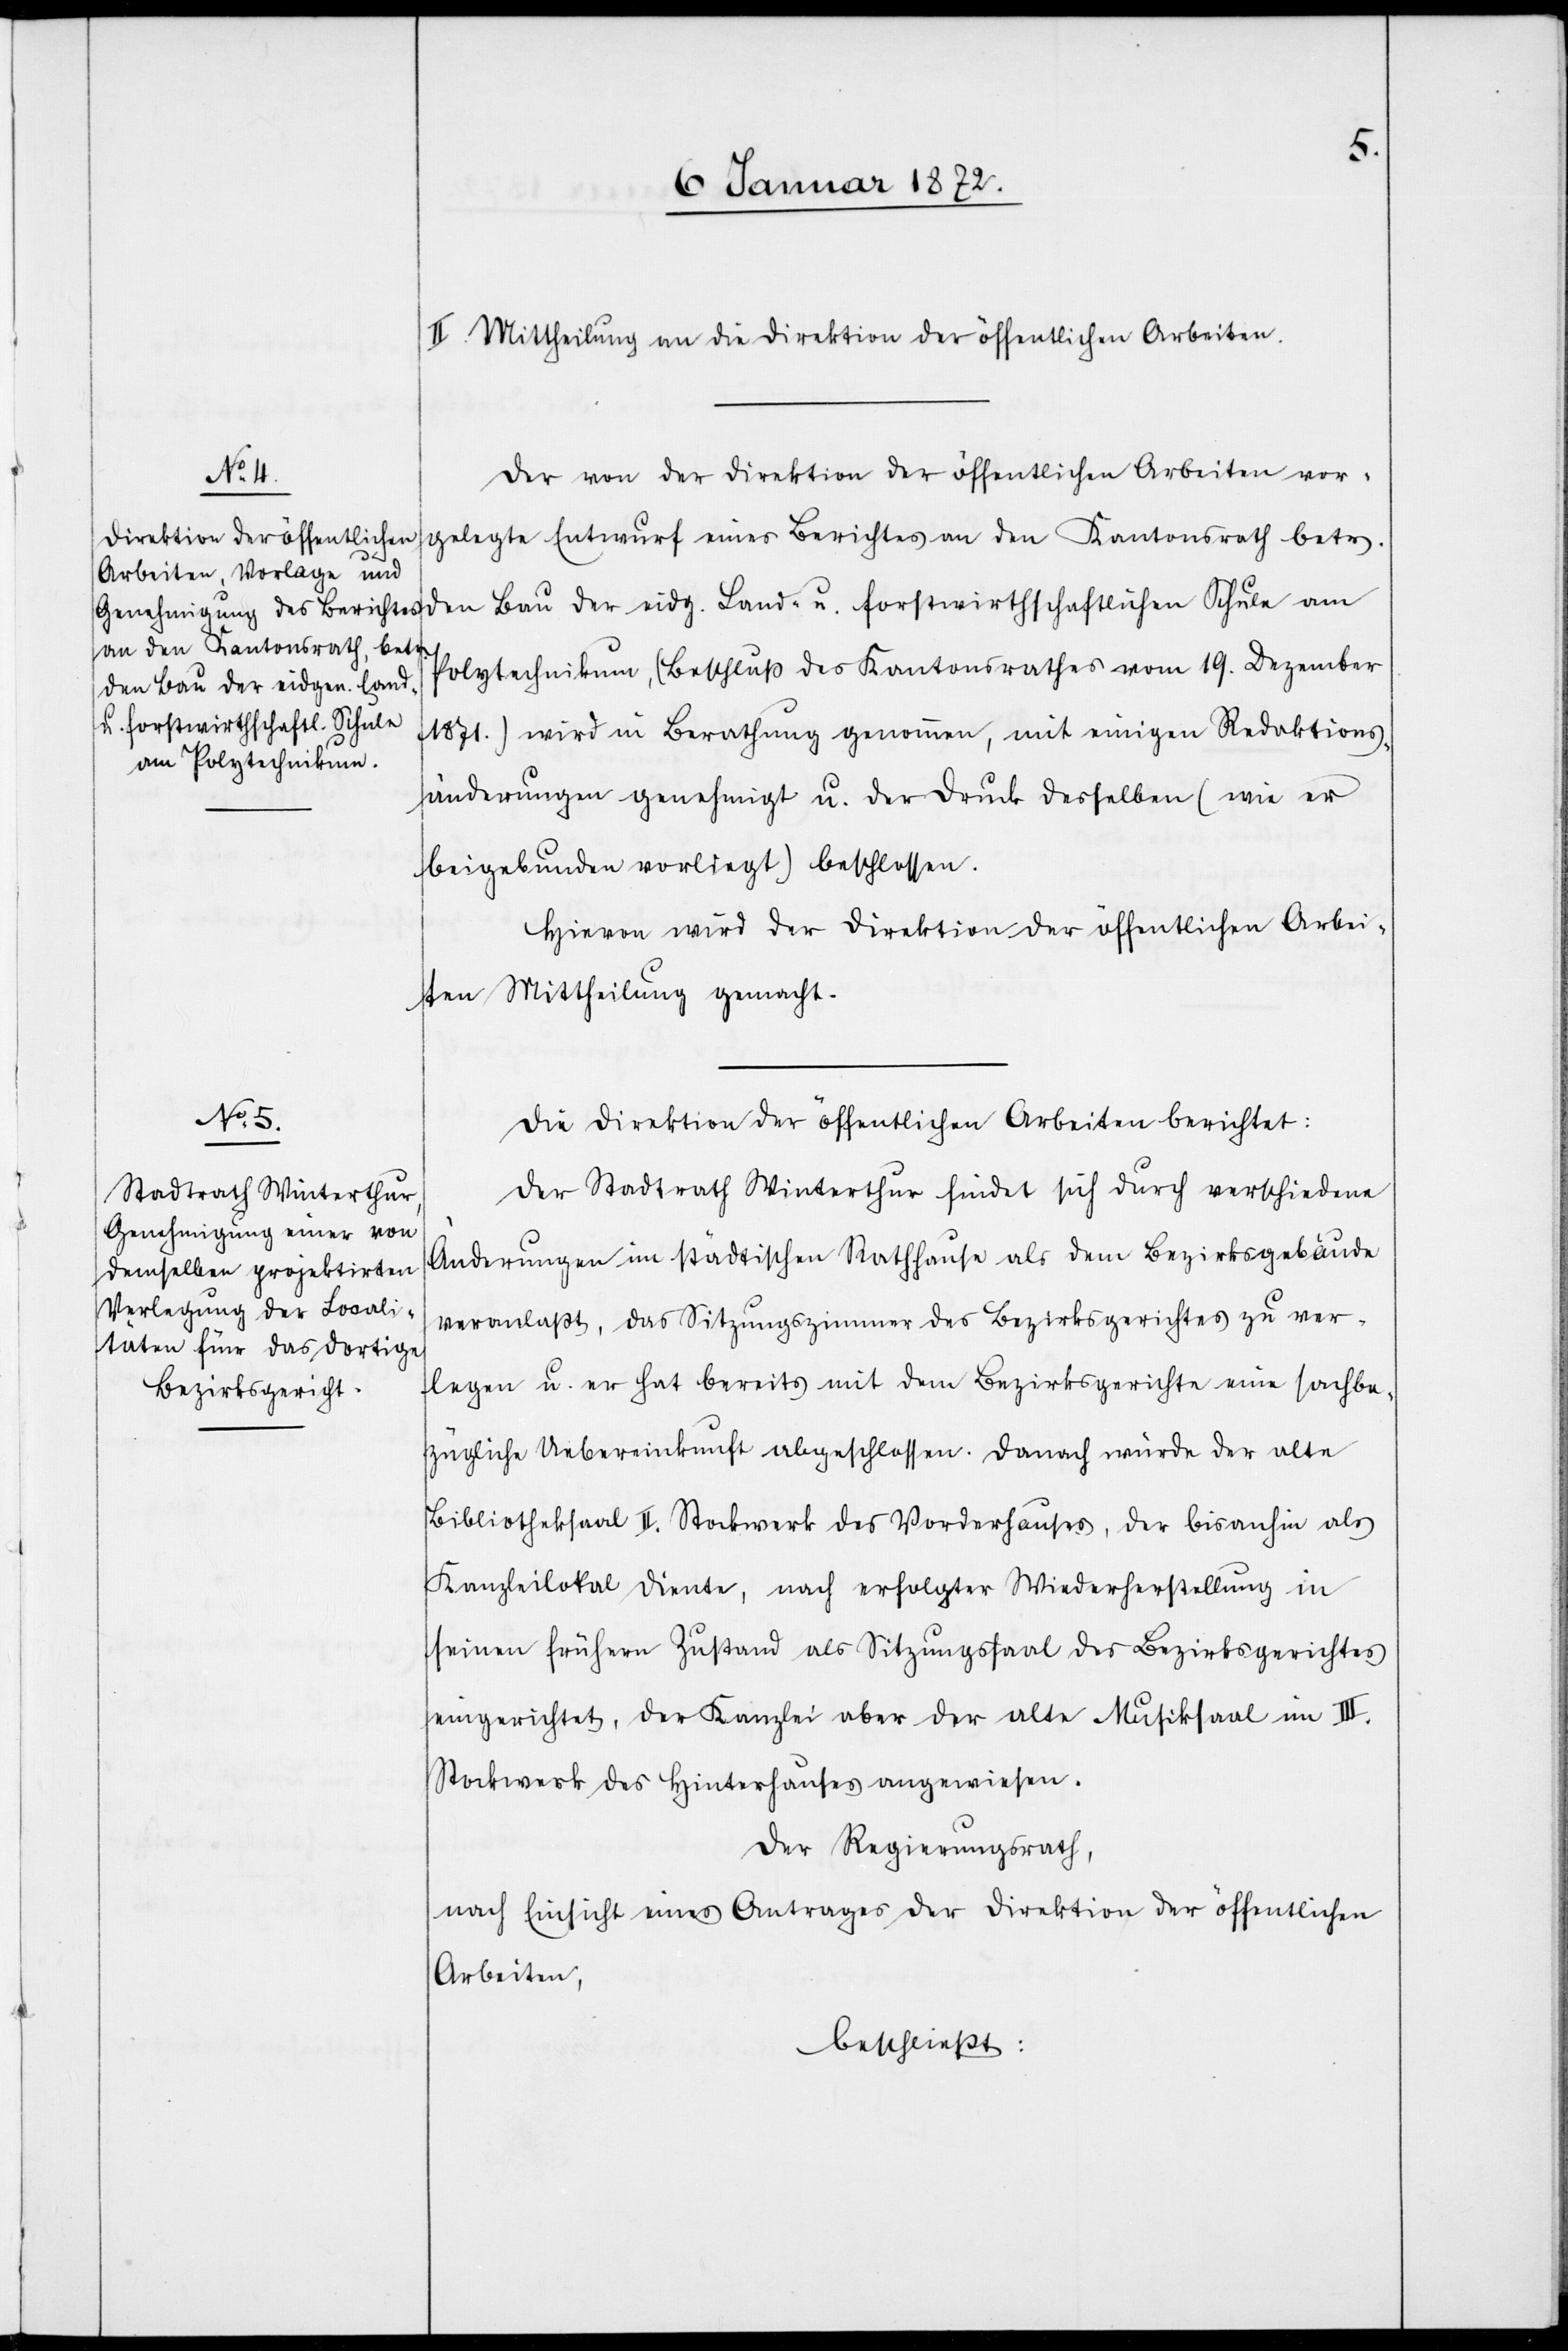
II. Mittheilung an die Direktion der öffentlichen Arbeiten.
Der von der Direktion der öffentlichen Arbeiten vor¬
gelegte Entwurf eines Berichtes an den Kantonsrath betr.
Polytechnikum, (Beschluß des Kantonsrathes vom 19. Dezember
den Bau der eidg. Land-
u. forstwirthschaftlichen Schule
1871.) wird in Berathung genommen, mit einigen Reduktions¬
änderungen genehmigt u. der Druck derselben (wie er
beigebunden vorliegt) beschlossen.
Hievon wird der Direktion der öffentlichen Arbei¬
ten Mittheilung gemacht.
Die Direktion der öffentlichen Arbeiten berichtet:
Der Stadtrath Winterthur findet sich durch verschiedene
Änderungen im städtischen Rathhause als dem Bezirksgebäude
veranlaßt, das Sitzungszimmer des Bezirksgerichtes zu ver¬
legen u. er hat bereits mit dem Bezirksgerichte eine sachbe¬
zügliche Uebereinkunft abgeschlossen. Danach würde der alte
Bibliotheksaal II. Stockwerk des Vorderhauses, der bisanhin als
Kanzleilokal diente, nach erfolgter Wiederherstellung in
seinen frühern Zustand als Sitzungssaal des Bezirksgerichtes
eingerichtet, der Kanzlei aber der alte Musiksaal im III.
Stockwerk des Hinterhauses angewiesen.
Der Regierungsrath,
nach Einsicht eines Antrages der Direktion der öffentlichen
Arbeiten,
beschließt: